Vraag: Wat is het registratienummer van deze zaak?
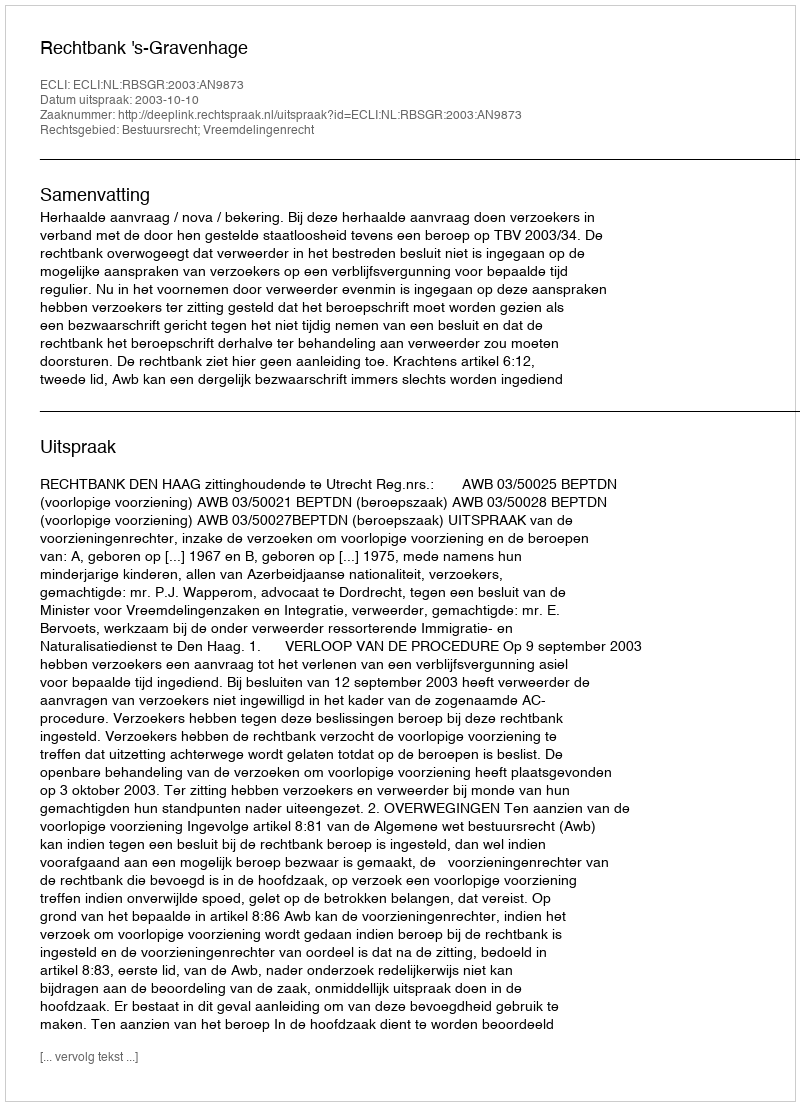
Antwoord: http://deeplink.rechtspraak.nl/uitspraak?id=ECLI:NL:RBSGR:2003:AN9873